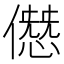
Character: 𠎱